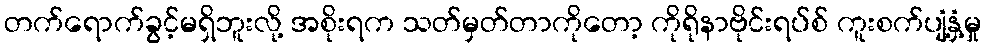
တက်ရောက်ခွင့်မရှိဘူးလို့ အစိုးရက သတ်မှတ်တာကိုတော့ ကိုရိုနာဗိုင်းရပ်စ် ကူးစက်ပျံ့နှံ့မှု